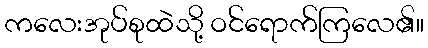
ကလေးအုပ်စုထဲသို့ ဝင်ရောက်ကြလေ၏။